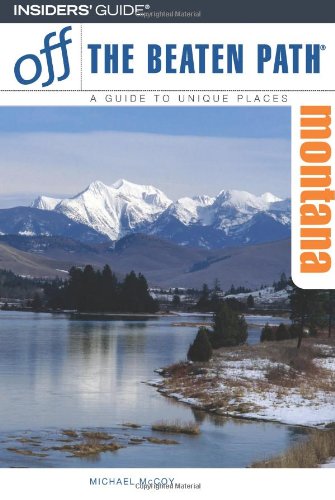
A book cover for Montana Off the Beaten Path, 7th (Off the Beaten Path Series); Michael McCoy; Travel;